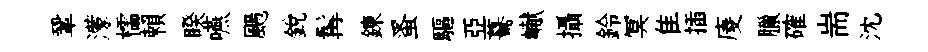
鞏濛櫺賴睽嚥颺銳髯錬蚤驅亞驀𪩘攝鈴冥隹插庱臘確耑沈